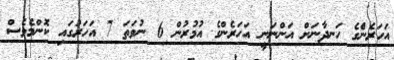
އަހަރެނެްގެ ހަނދާނަށް އަންނަނީ އަހަރެންގެ އުމުރުން 6 ނުވަތަ 7 އަހަރުގައި ކޮންމެވެސް